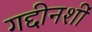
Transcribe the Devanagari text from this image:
गद्दीनशीं